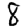
Digit: 8